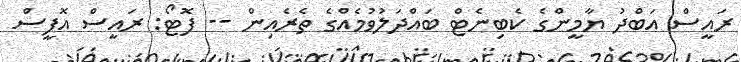
ރައީސް އަބްދު ޔާމީންގެ ކެބިނެޓް ބައްދަލުވުމެއްގެ ތެރެއިން -- ފޮޓޯ: ރައީސް އޮފީސް